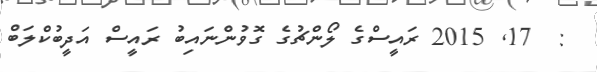
:  17